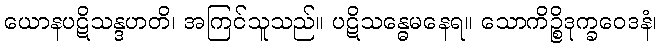
ယောနပဋိသန္ဒဟတိ၊ အကြင်သူသည်။ ပဋိသန္ဓေမနေရ။ သောကိဉ္စိဒုက္ခဝေဒနံ၊